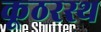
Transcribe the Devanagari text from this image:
कूठरस्थ